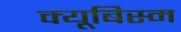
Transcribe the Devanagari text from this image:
क्यूबिस्म